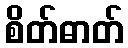
စိတ်ဓာတ်